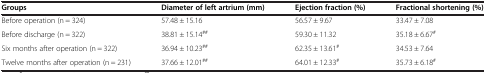
| Groups | Diameter of left artrium (mm) | Ejection fraction (%) | Fractional shortening (%) |
 | --- | --- | --- | --- |
 | Before operation (n = 324) | 57.48 ± 15.16 | 56.57 ± 9.67 | 33.47 ± 7.08 |
 | Before discharge (n = 322) | 38.81 ± 15.14## | 59.30 ± 11.32 | 35.18 ± 6.67# |
 | Six months after operation (n = 322) | 36.94 ± 10.23## | 62.35 ± 13.61# | 34.53 ± 7.64 |
 | Twelve months after operation (n = 231) | 37.66 ± 12.01## | 64.01 ± 12.33# | 35.73 ± 6.18# |